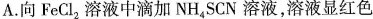
A.向FeCl_{2}溶液中滴加NH_{4}SCN溶液，溶液显红色